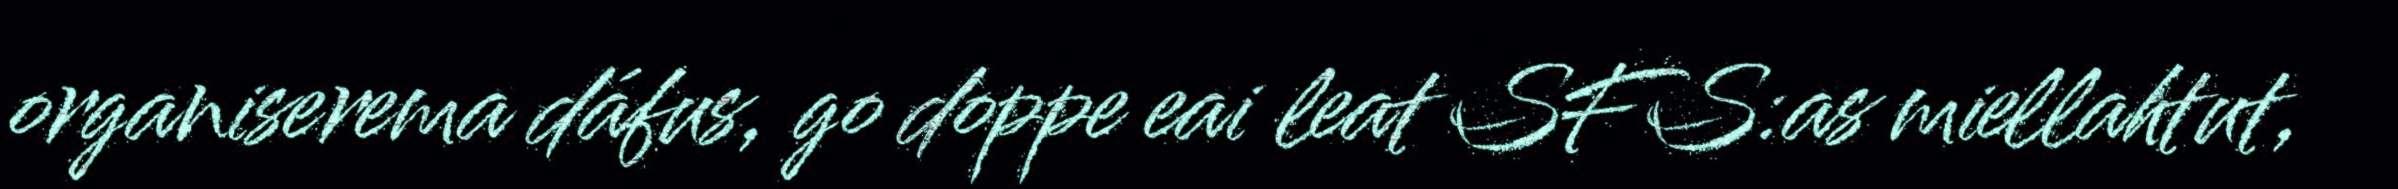
organiserema dáfus, go doppe eai leat SFS:as miellahtut,